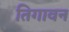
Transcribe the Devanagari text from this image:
तिगावन